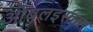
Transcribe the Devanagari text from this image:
ओबलइसतार